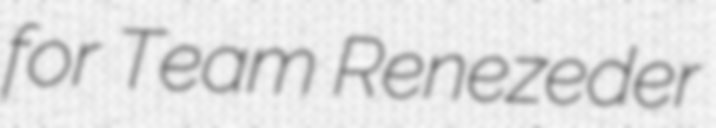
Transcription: for Team Renezeder